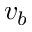
v _ { b }